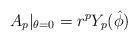
LaTeX: \begin{align*}A_p|_{\theta=0}= r^pY_p(\hat \phi)\end{align*}